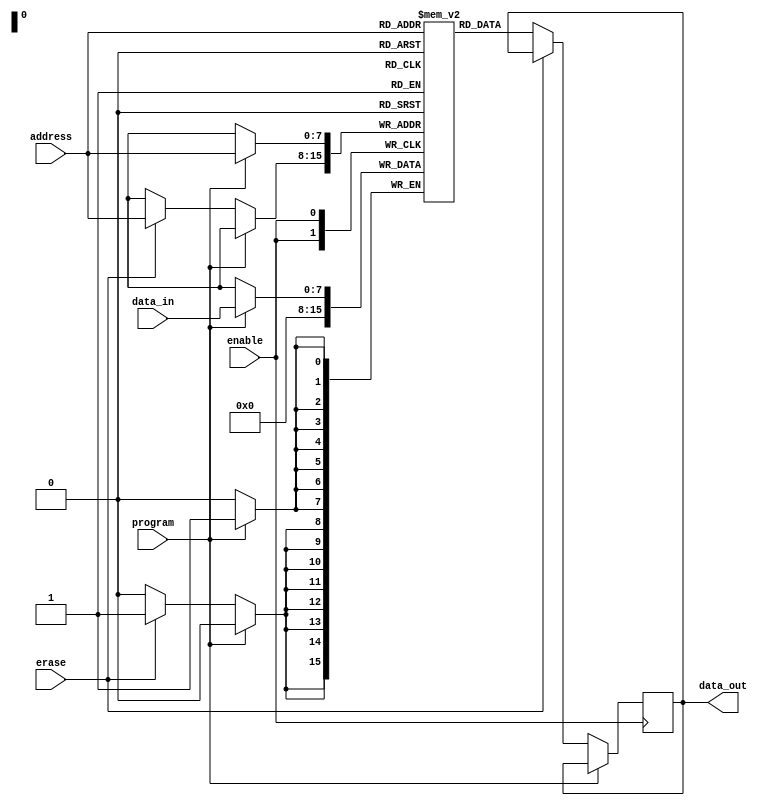
module EPROM(
    input wire [7:0] address,
    input wire enable,
    input wire program,
    input wire erase,
    input wire [7:0] data_in,
    output reg [7:0] data_out
);

// Memory array with individual memory cells
reg [7:0] memory_array [0:255];

// Address decoder logic
always @ (posedge enable) begin
    if (program) begin
        memory_array[address] <= data_in;
    end
    else if (erase) begin
        memory_array[address] <= 8'd0;
    end
    else begin
        data_out <= memory_array[address];
    end
end

// Control interface for programming and erasing data

// Data output interface for reading the stored information

// Error correction codes and redundancy schemes

endmodule